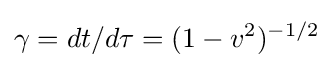
\gamma =dt/d\tau =(1-v^{2})^{-1/2}